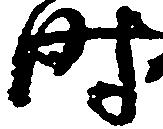
時